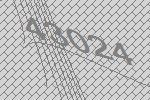
43024